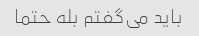
باید می‌گفتم بله حتما